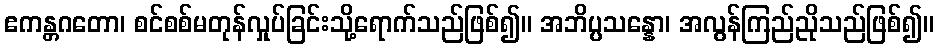
ဧကန္တဂတော၊ စင်စစ်မတုန်လှုပ်ခြင်းသို့ရောက်သည်ဖြစ်၍။ အဘိပ္ပသန္နော၊ အလွန်ကြည်ညိုသည်ဖြစ်၍။